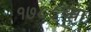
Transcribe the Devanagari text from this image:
१७८८च्या